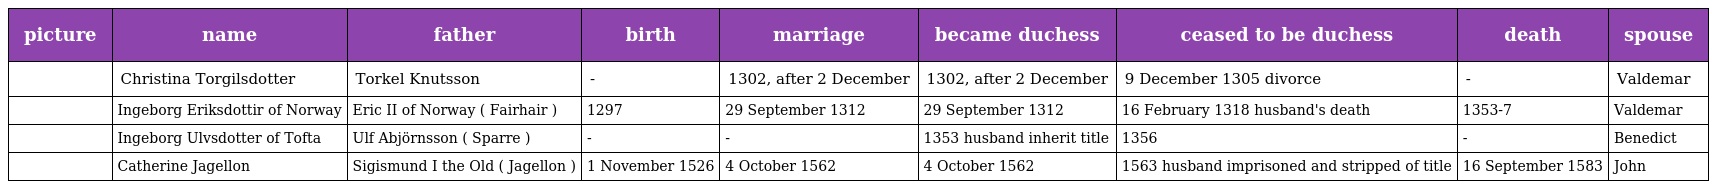
| picture | name | father | birth | marriage | became duchess | ceased to be duchess | death | spouse |
 | --- | --- | --- | --- | --- | --- | --- | --- | --- |
 |  | Christina Torgilsdotter | Torkel Knutsson | - | 1302, after 2 December | 1302, after 2 December | 9 December 1305 divorce | - | Valdemar |
 |  | Ingeborg Eriksdottir of Norway | Eric II of Norway ( Fairhair ) | 1297 | 29 September 1312 | 29 September 1312 | 16 February 1318 husband's death | 1353-7 | Valdemar |
 |  | Ingeborg Ulvsdotter of Tofta | Ulf Abjörnsson ( Sparre ) | - | - | 1353 husband inherit title | 1356 | - | Benedict |
 |  | Catherine Jagellon | Sigismund I the Old ( Jagellon ) | 1 November 1526 | 4 October 1562 | 4 October 1562 | 1563 husband imprisoned and stripped of title | 16 September 1583 | John |